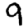
Digit: 9